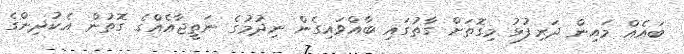
ބައެއް މައިން ދަރިފުޅު މިގޮތަށް ގާތުގައި ބާއްވައިގެން ނިދުމުގެ ނަތީޖާއެއްގެ ގޮތުން އެކުދިންގެ